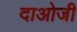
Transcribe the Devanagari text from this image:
दाओजी